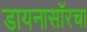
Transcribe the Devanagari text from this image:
डायनासॉरचा